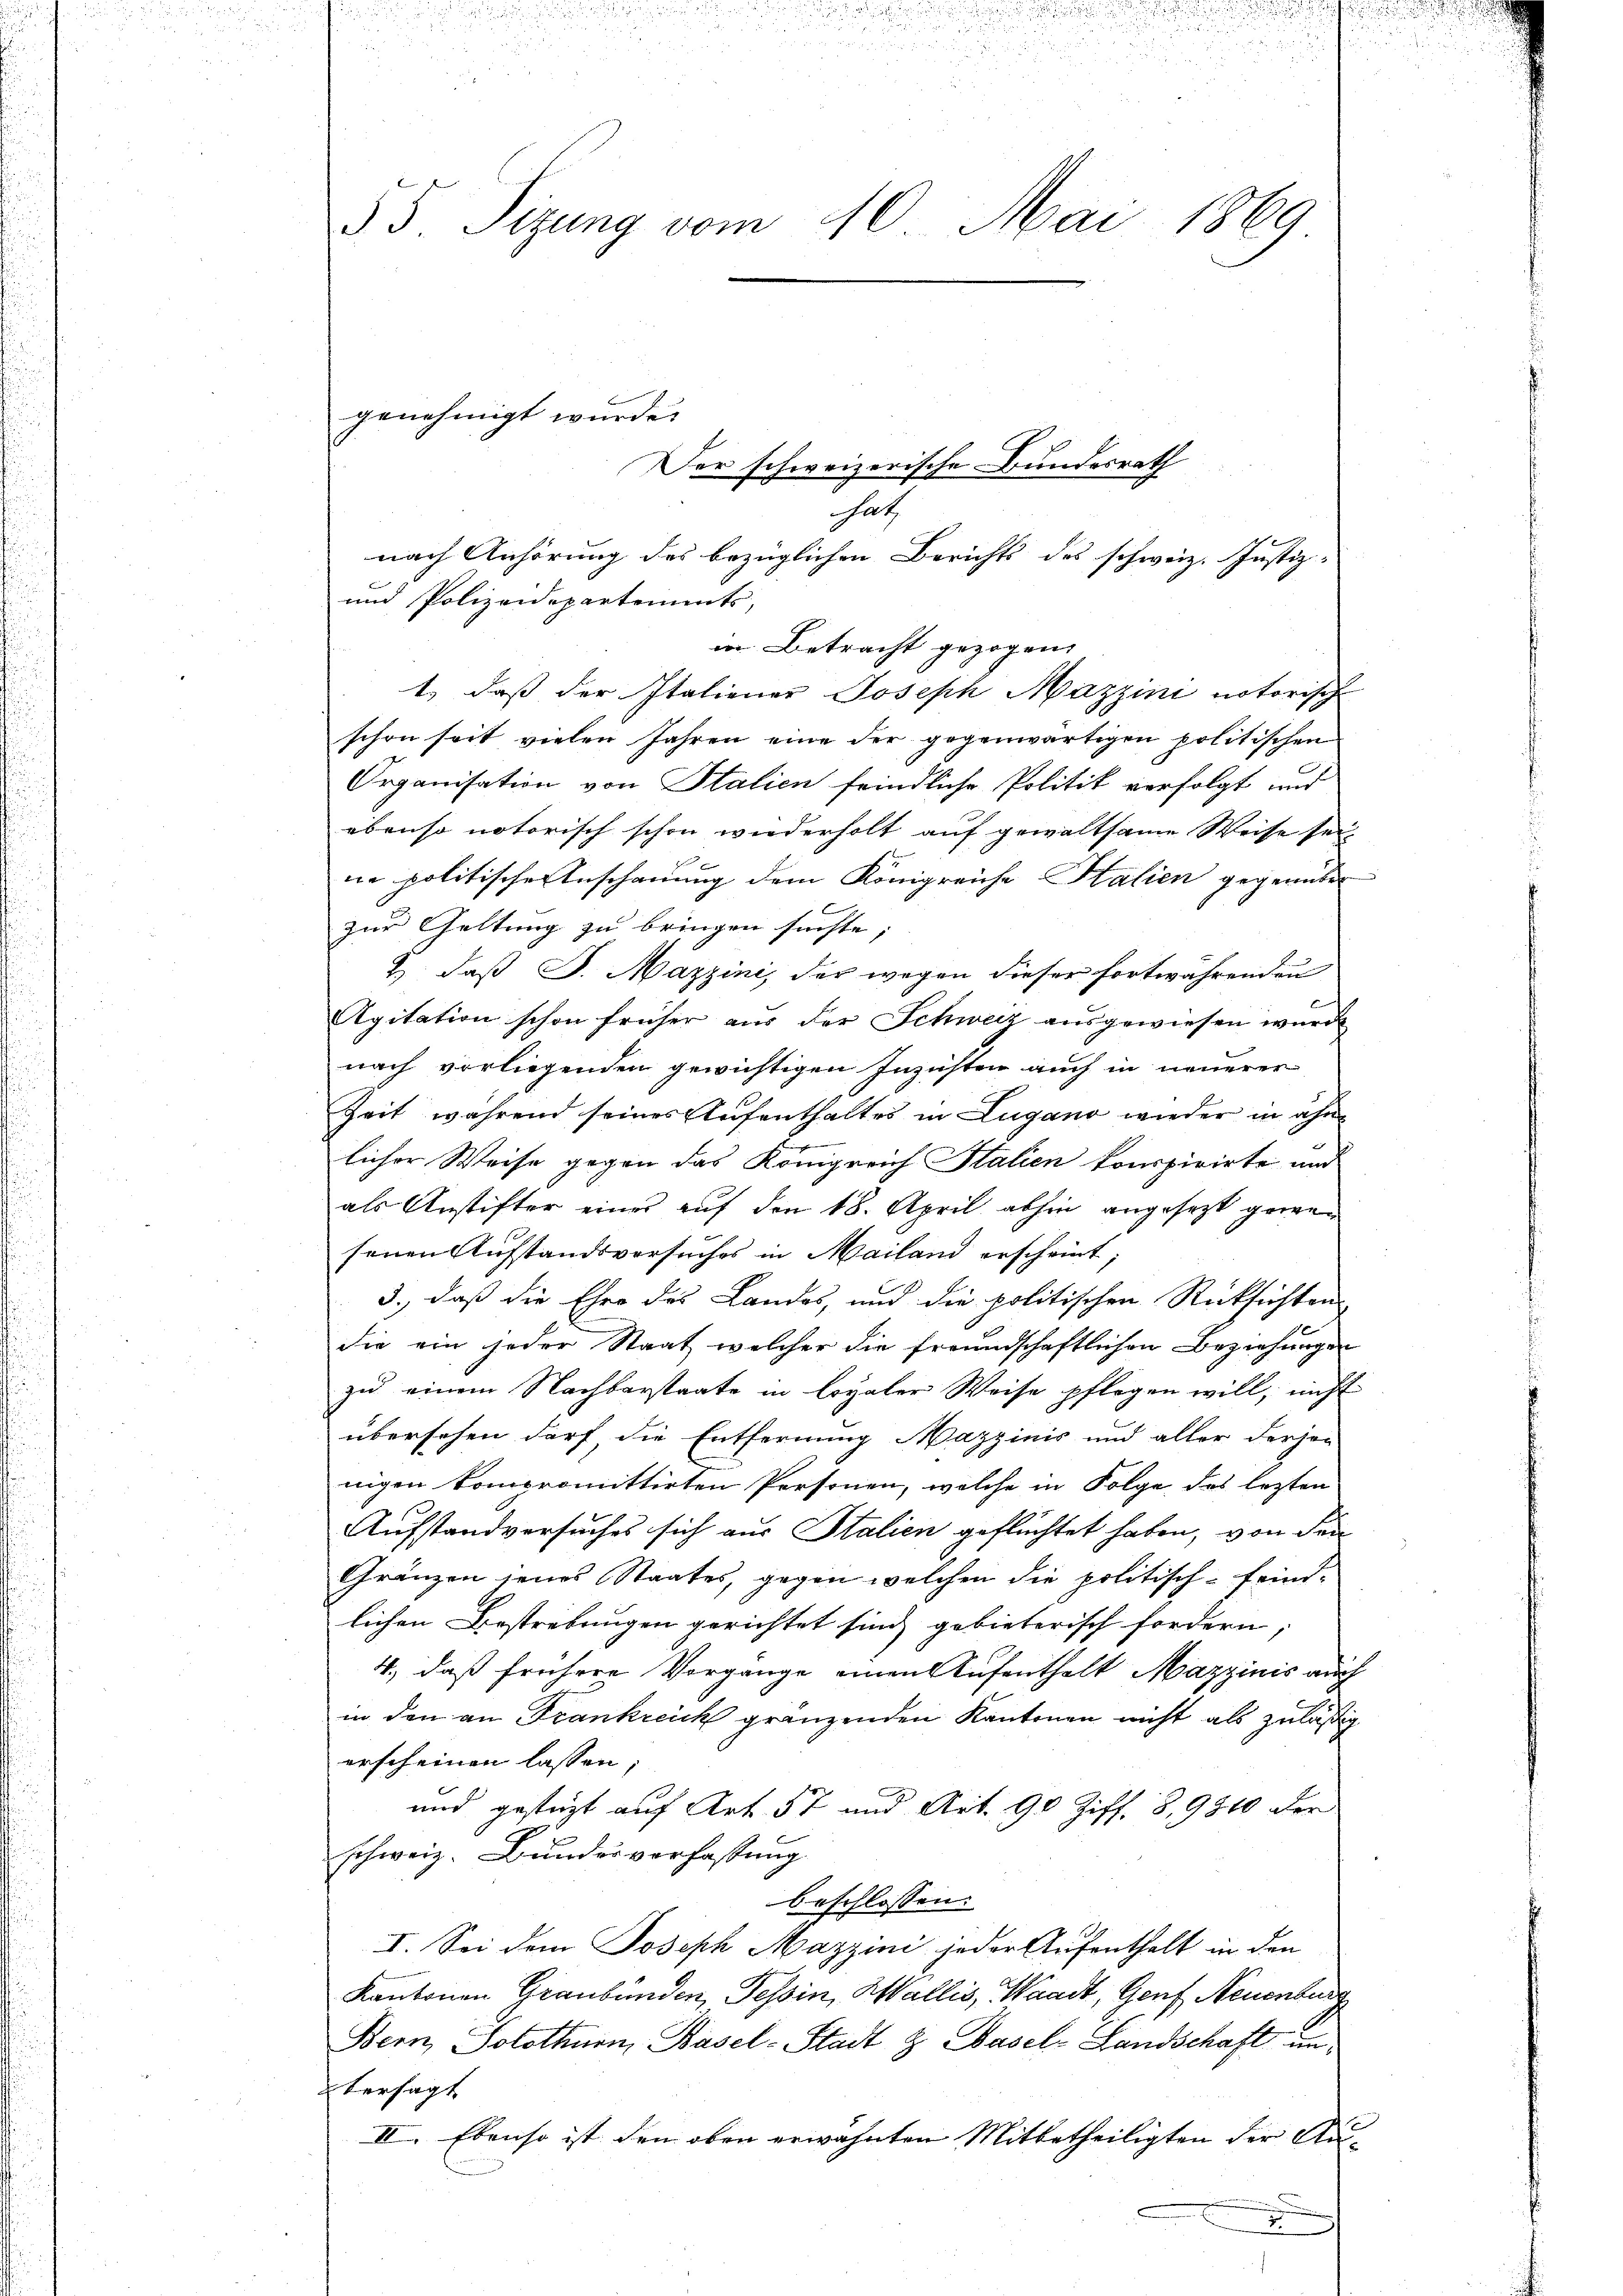
35. Sizung vom 10. Mai 1869

Der schweizerische Bundesrath
hatz
nach Anhörung des bezüglichen Berichts des schweiz. Justiz-
und Polizeidepartements,
in Betracht gezogen
1) daß der Italiener Joseph Mazzini notorische
schon seit vielen Jahren eine der gegenwärtigen politischen
Organisation von Stalien feindliche Politik verfolgt und
ebenso notorisch schon wiederholt auf gewaltsame Weise seine politische Anschauung dem Königreiche Halien gegenüber
zur Geltung zu bringen suchte; |
& daß J. Mazzini, der wegen dieser fortwährenden
Agitation schon früher aus der Schweiz ausgewiesen wurde
nach vorliegenden gewichtigen Inzichten auch in neuerer
Zeit während seines Aufenthaltes in Lugano wieder in ähnlicher Weise gegen das Königreich Stalien konspirirte und
als Anstifter einer auf den 18. April abhin angesetzt gewen
senen Aufstandsversuches in Mailand erscheint,
3., daß die Ehre des Landes, und die politischen Rücksichtens
die ein jeder Staat welcher die freundschaftlichen Beziehungen
zu einem Nachbarstaate in loyaler Weise pflegen will, nicht
übersehen darf die Entfernung Mazzinis und aller derjen
nigen kompromittirten Personen, welche in Folge des lezten
Aufstandversuches sich aus Stalien geflüchtet haben, von den
Gränzen seines Staates, gegen welchen die politisch-feindlichen Bestrebungen gerichtet sind gebieterisch fordern,
4., daß frühere Vorgänge einen Aufenthalt Mazzinis auch
in den an Frankreich gränzenden Kantonen nicht als zuläßig
erscheinen lassen,
und gestüzt auf Art. 57 und Art. 90 Ziff. 8, 9810 der
schweiz. Bundesverfassung
beschlossen:
I. Sei dem Joseph Mazzini jeder Aufenthalt in den
Kantonen Graubünden, Tessin, Wallis, Waadt, Genf, Neuenburg
Bern, Solothurn, Basel-Stadt & Hasel-Landschaft unversagt
II. Ebenso ist den oben erwähnten Mitbetheiligten der Au-
n

genehmigt wurde.

u